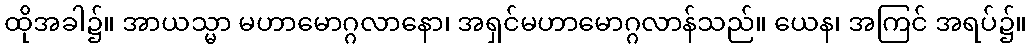
ထိုအခါ၌။ အာယသ္မာ မဟာမောဂ္ဂလာနော၊ အရှင်မဟာမောဂ္ဂလာန်သည်။ ယေန၊ အကြင် အရပ်၌။